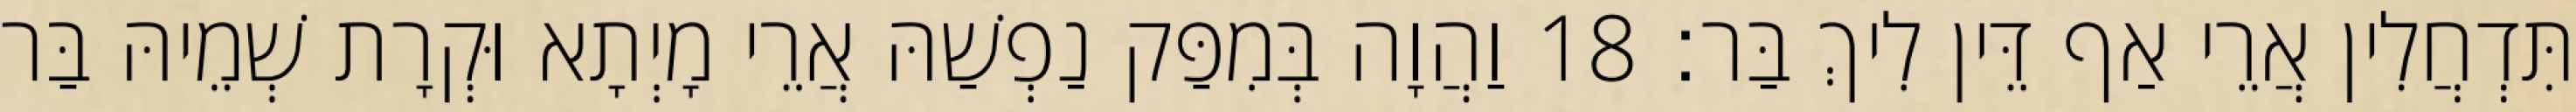
תִּדְחֲלִין אֲרֵי אַף דֵּין לִיךְ בַּר׃ 18 וַהֲוָה בְּמִפַּק נַפְשַׁהּ אֲרֵי מָיְתָא וּקְרָת שְׁמֵיהּ בַּר